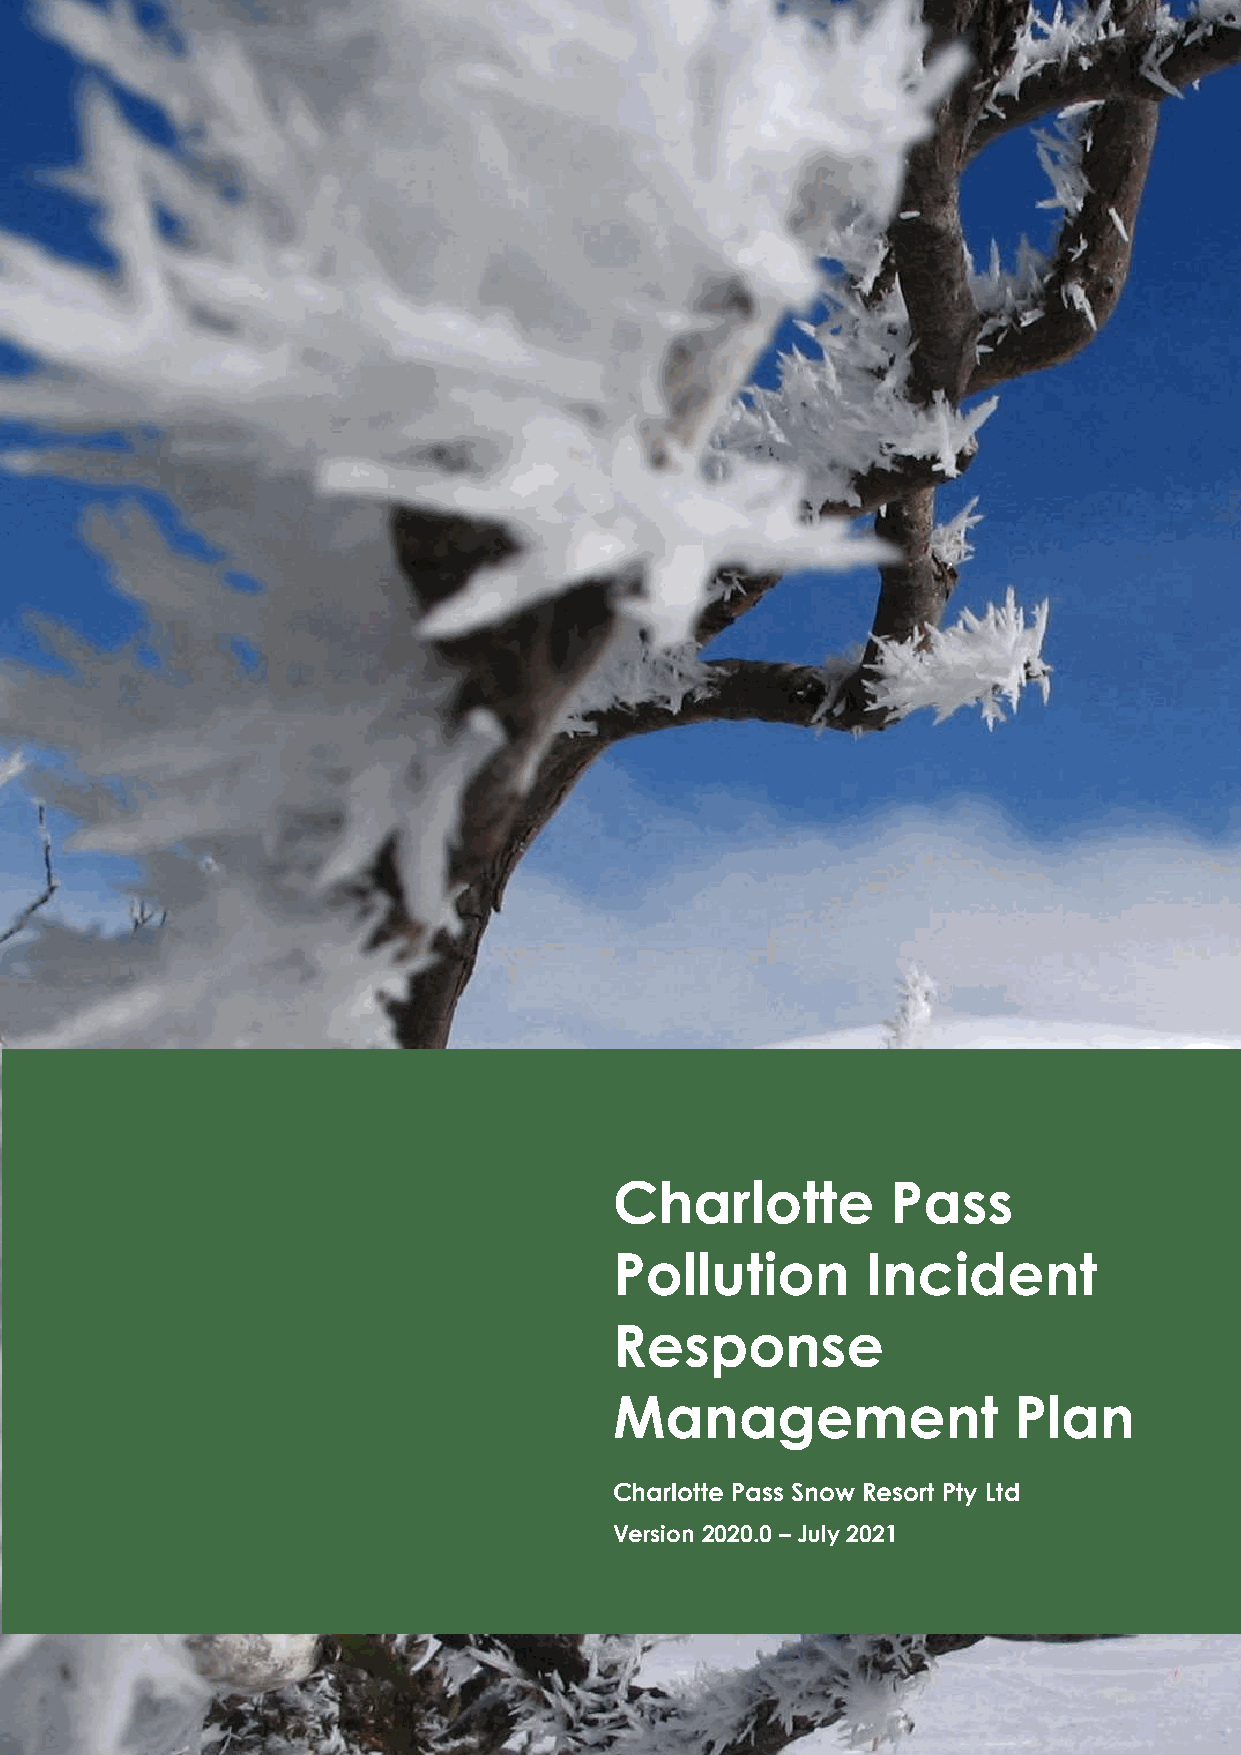
Charlotte         Pass
 Pollution       Incident
 Response
 Management                Plan
 Charlotte Pass Snow Resort Pty Ltd
 Version 2020.0 – July 2021